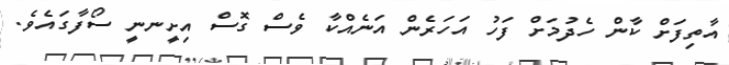
އާތިފަށް ކާން ހެދުމަށް ފަހު އަހަރެން އަނެއްކާ ވެސް ގޮސް އިށީނނީ ސޯފާގައެވެ.